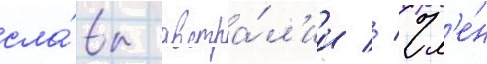
сла́вы австра́л'ии // Чл'е́н